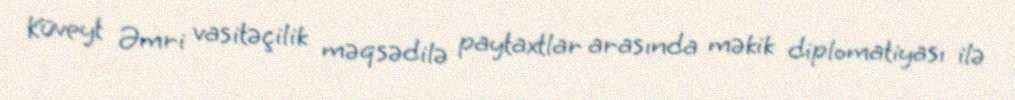
Küveyt Əmri vasitəçilik məqsədilə paytaxtlar arasında məkik diplomatiyası ilə